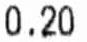
0.20